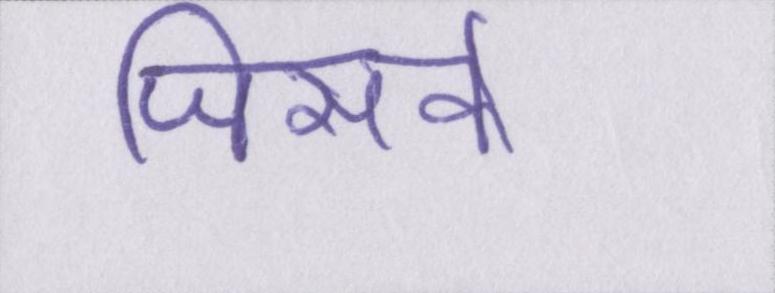
जिसके